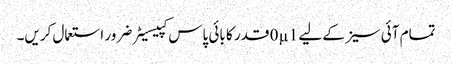
تمام آئی سیز کے لیے 0µ1 قدر کا بائی پاس کپیسیٹر ضرور استعمال کریں۔